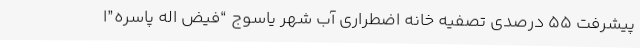
پیشرفت 55 درصدی تصفیه ‌خانه اضطراری آب شهر یاسوج “فیض اله پاسره”ا